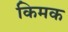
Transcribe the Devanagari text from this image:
किमक